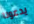
يدعونا